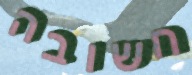
חשובה